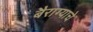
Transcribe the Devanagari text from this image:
बैराग्याचे